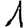
Digit: 1